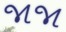
જાજા